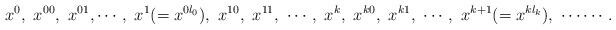
LaTeX: \begin{align*}x^0 ,\ x^{00},\ x^{01},\cdots,\ x^1(=x^{0l_0}),\ x^{10},\ x^{11},\ \cdots,\ x^k,\ x^{k0},\ x^{k1},\ \cdots,\ x^{k+1}(=x^{kl_k}),\ \cdots\cdots.\end{align*}